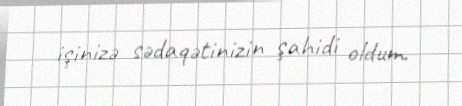
işinizə sədaqətinizin şahidi oldum.